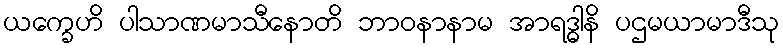
ယက္ခေဟိ ပါသာဏမာသီနောတိ ဘာဝနာနာမ အာရဒ္ဓါနိ ပဌမယာမာဒီသု